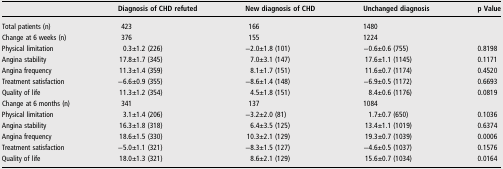
|  | Diagnosis of CHD refuted | New diagnosis of CHD | Unchanged diagnosis | p Value |
 | --- | --- | --- | --- | --- |
 | Total patients (n) | 423 | 166 | 1480 |  |
 | Change at 6 weeks (n) | 376 | 155 | 1224 |  |
 | Physical limitation | 0.3±1.2 (226) | −2.0±1.8 (101) | −0.6±0.6 (755) | 0.8198 |
 | Angina stability | 17.8±1.7 (345) | 7.0±3.1 (147) | 17.6±1.1 (1145) | 0.1171 |
 | Angina frequency | 11.3±1.4 (359) | 8.1±1.7 (151) | 11.6±0.7 (1174) | 0.4520 |
 | Treatment satisfaction | −6.6±0.9 (355) | −8.6±1.4 (148) | −6.9±0.5 (1172) | 0.6693 |
 | Quality of life | 11.3±1.2 (354) | 4.5±1.8 (151) | 8.4±0.6 (1176) | 0.0819 |
 | Change at 6 months (n) | 341 | 137 | 1084 |  |
 | Physical limitation | 3.1±1.4 (206) | −3.2±2.0 (81) | 1.7±0.7 (650) | 0.1036 |
 | Angina stability | 16.3±1.8 (318) | 6.4±3.5 (125) | 13.4±1.1 (1019) | 0.6374 |
 | Angina frequency | 18.6±1.5 (330) | 10.3±2.1 (129) | 19.3±0.7 (1039) | 0.0006 |
 | Treatment satisfaction | −5.0±1.1 (321) | −8.3±1.5 (127) | −4.6±0.5 (1037) | 0.1576 |
 | Quality of life | 18.0±1.3 (321) | 8.6±2.1 (129) | 15.6±0.7 (1034) | 0.0164 |